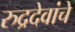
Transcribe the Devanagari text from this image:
रुद्रदेवांचे